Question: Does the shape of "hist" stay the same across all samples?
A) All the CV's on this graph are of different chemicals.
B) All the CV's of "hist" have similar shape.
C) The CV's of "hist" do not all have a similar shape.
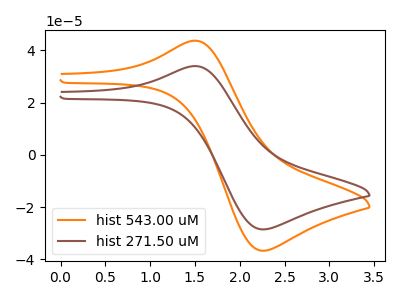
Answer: <think>The orange curve "hist 543.00 uM" has an anodic peak at (1.50V, 43.75uA) and a cathodic peak at (2.25V, -36.75uA). The brown curve "hist 271.50 uM" has an anodic peak at (1.50V, 34.00uA) and a cathodic peak at (2.25V, -28.60uA).
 All the peaks in "hist 543.00 uM" have a peak in "hist 271.50 uM" at the same potential. Every peak in "hist 543.00 uM" is higher than every peak in "hist 271.50 uM".</think>
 <answer>B) All the CV's of "hist" have similar shape.</answer>
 <eval>B</eval>